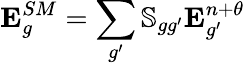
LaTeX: \mathbf{E}_{g}^{SM}=\sum_{g^{\prime}}\mathbb{S}_{gg^{\prime}}\mathbf{E}_{g^{\prime}}^{n+\theta}